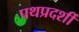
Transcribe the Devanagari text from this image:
पथप्रदर्शी